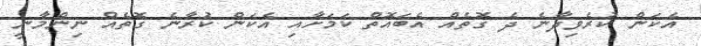
އެކަން ކުރެވިދާނެ ދެ ގޮތެއް އެބައޮތް ކަމަށާއި އެކަން ކުރާނެ ގޮތެއް ނިންމާނީ